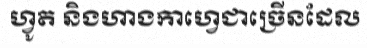
ហ្វូត និងហាងកាហ្វេជាច្រើនដែល